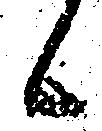
候